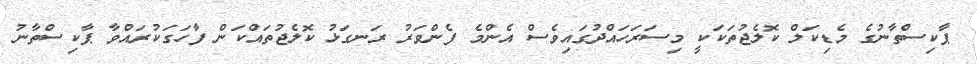
ޕާކިސްތާނުގެ މެޑިކަލް ކޮލެޖުތަކަކީ މިސަރަހައްދުގައިވެސް އެންމެ ފެންވަރު ރަނގަޅު ކޮލެޖުތައްކަން ފާހަގަކުރައްވާ ޕާކިސްތާނު